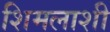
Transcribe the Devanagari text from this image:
शिमलाशी